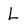
Character: l